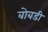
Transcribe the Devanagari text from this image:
बोबडी